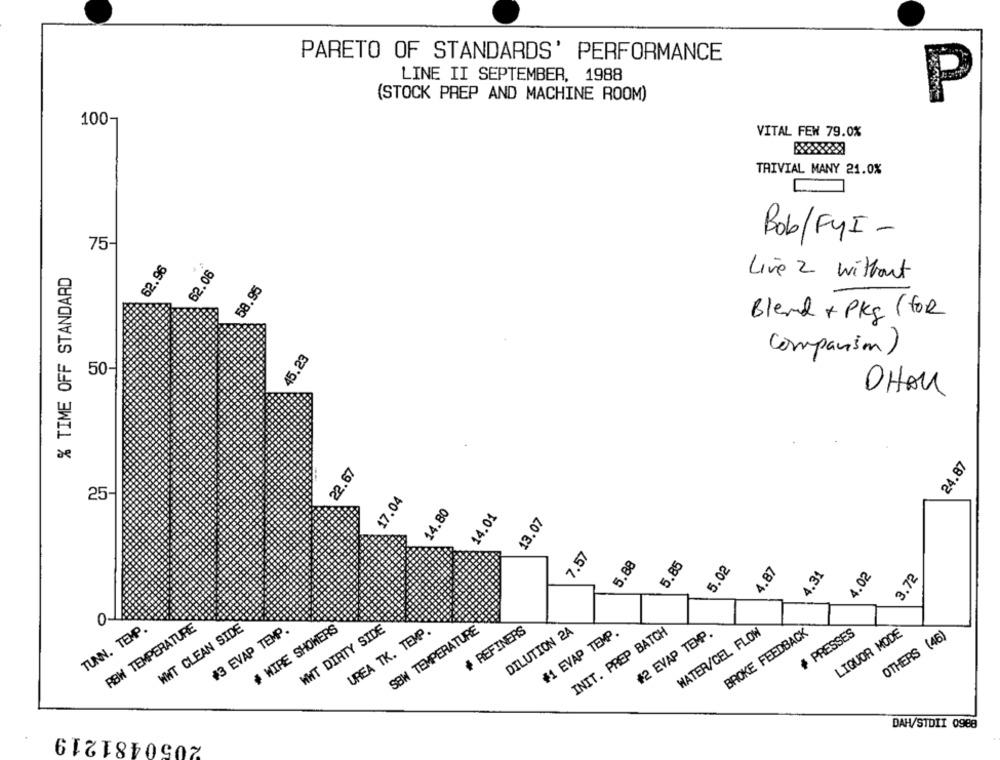
PARETO OF STANDARDS' PERFORMANCE
LINE II SEPTEMBER, 1988
(STOCK PREP AND MACHINE ROOM)
P
100-
VITAL FEW 79.0%
TRIVIAL MANY 21.0%
Bob/FYI -
75-
62.96
% TIME OFF STANDARD
62.06
Live 2 Without
58.95
Blend + Pkg (for
45.23
companion )
50-
DHAU
24.87
22.67
25-
17.04
14.80
14.01
13.07
7.57
5.88
5.85
5.02
4,87
4.31
4.02
3.72
0
TUNN. TEMP.
RBW TEMPERATURE
WWT CLEAN SIDE
#3 EVAP TEMP.
# WIRE SHOWERS
WWT DIRTY SIDE
UREA TK. TEMP.
SBW TEMPERATURE
+ REFINERS
DILUTION 2A
#1 EVAP TEMP.
INIT. PREP BATCH
WATER/CEL FLOW
BROKE FEEDBACK
+ PRESSES
LIQUOR MODE
#2 EVAP TEMP.
OTHERS (46)
2050481219
DAH/STDII 0988